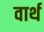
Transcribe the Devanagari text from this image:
वार्थ